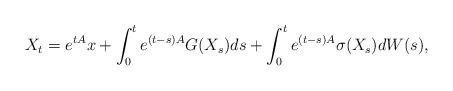
LaTeX: \begin{align*}X_t=e^{tA}x+\int_{0}^{t}e^{(t-s)A}G(X_s)ds+\int_{0}^{t}e^{(t-s)A}\sigma(X_s)dW(s),\end{align*}